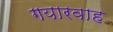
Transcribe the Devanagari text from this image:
गयारवाह